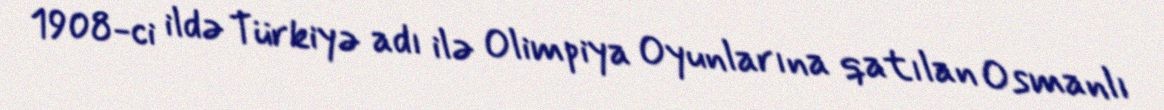
1908-ci ildə Türkiyə adı ilə Olimpiya Oyunlarına qatılan Osmanlı